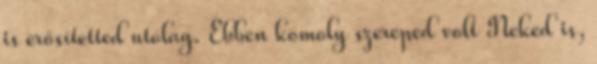
is erősítetted utólag. Ebben komoly szereped volt Neked is,